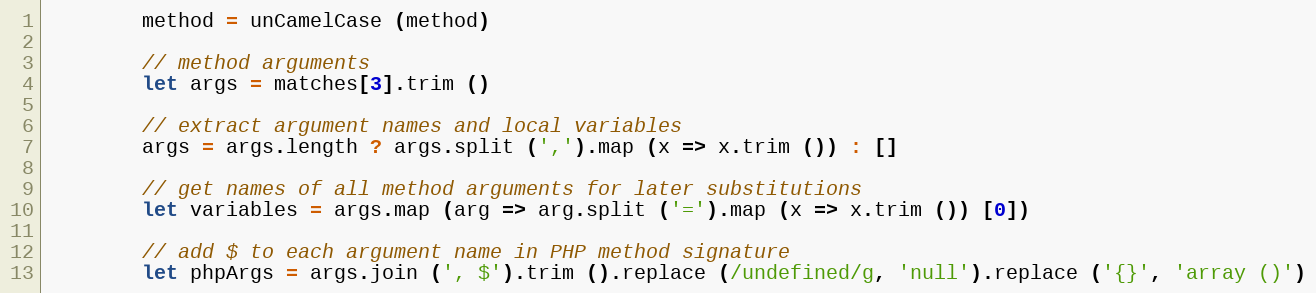
Language: JavaScript
        method = unCamelCase (method)

        // method arguments
        let args = matches[3].trim ()

        // extract argument names and local variables
        args = args.length ? args.split (',').map (x => x.trim ()) : []

        // get names of all method arguments for later substitutions
        let variables = args.map (arg => arg.split ('=').map (x => x.trim ()) [0])

        // add $ to each argument name in PHP method signature
        let phpArgs = args.join (', $').trim ().replace (/undefined/g, 'null').replace ('{}', 'array ()')